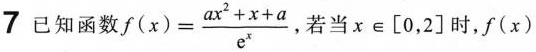
7已知函数 $$f ( x ) = \frac { a x ^ { 2 } + x + a } { e ^ { x } }$$若当x\in[0，2]时，$$f ( x )